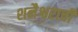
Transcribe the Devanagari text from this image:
शनैश्वराची